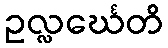
ဥလ္လင်္ဃေတိ